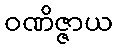
ဝဏိဇ္ဇာယ